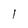
Character: l